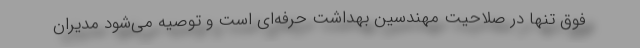
فوق تنها در صلاحیت مهندسین بهداشت حرفه‌ای است و توصیه می‌شود مدیران